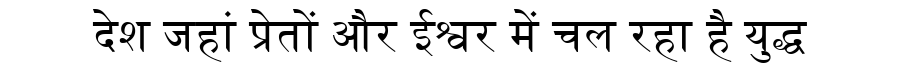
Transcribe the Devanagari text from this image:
देश जहां प्रेतों और ईश्वर में चल रहा है युद्ध